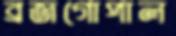
ব্রজগোপাল